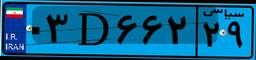
۸۷D۲۱۱۳۵